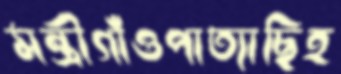
মন্ত্রীগাঁওপাত্যাছিহ